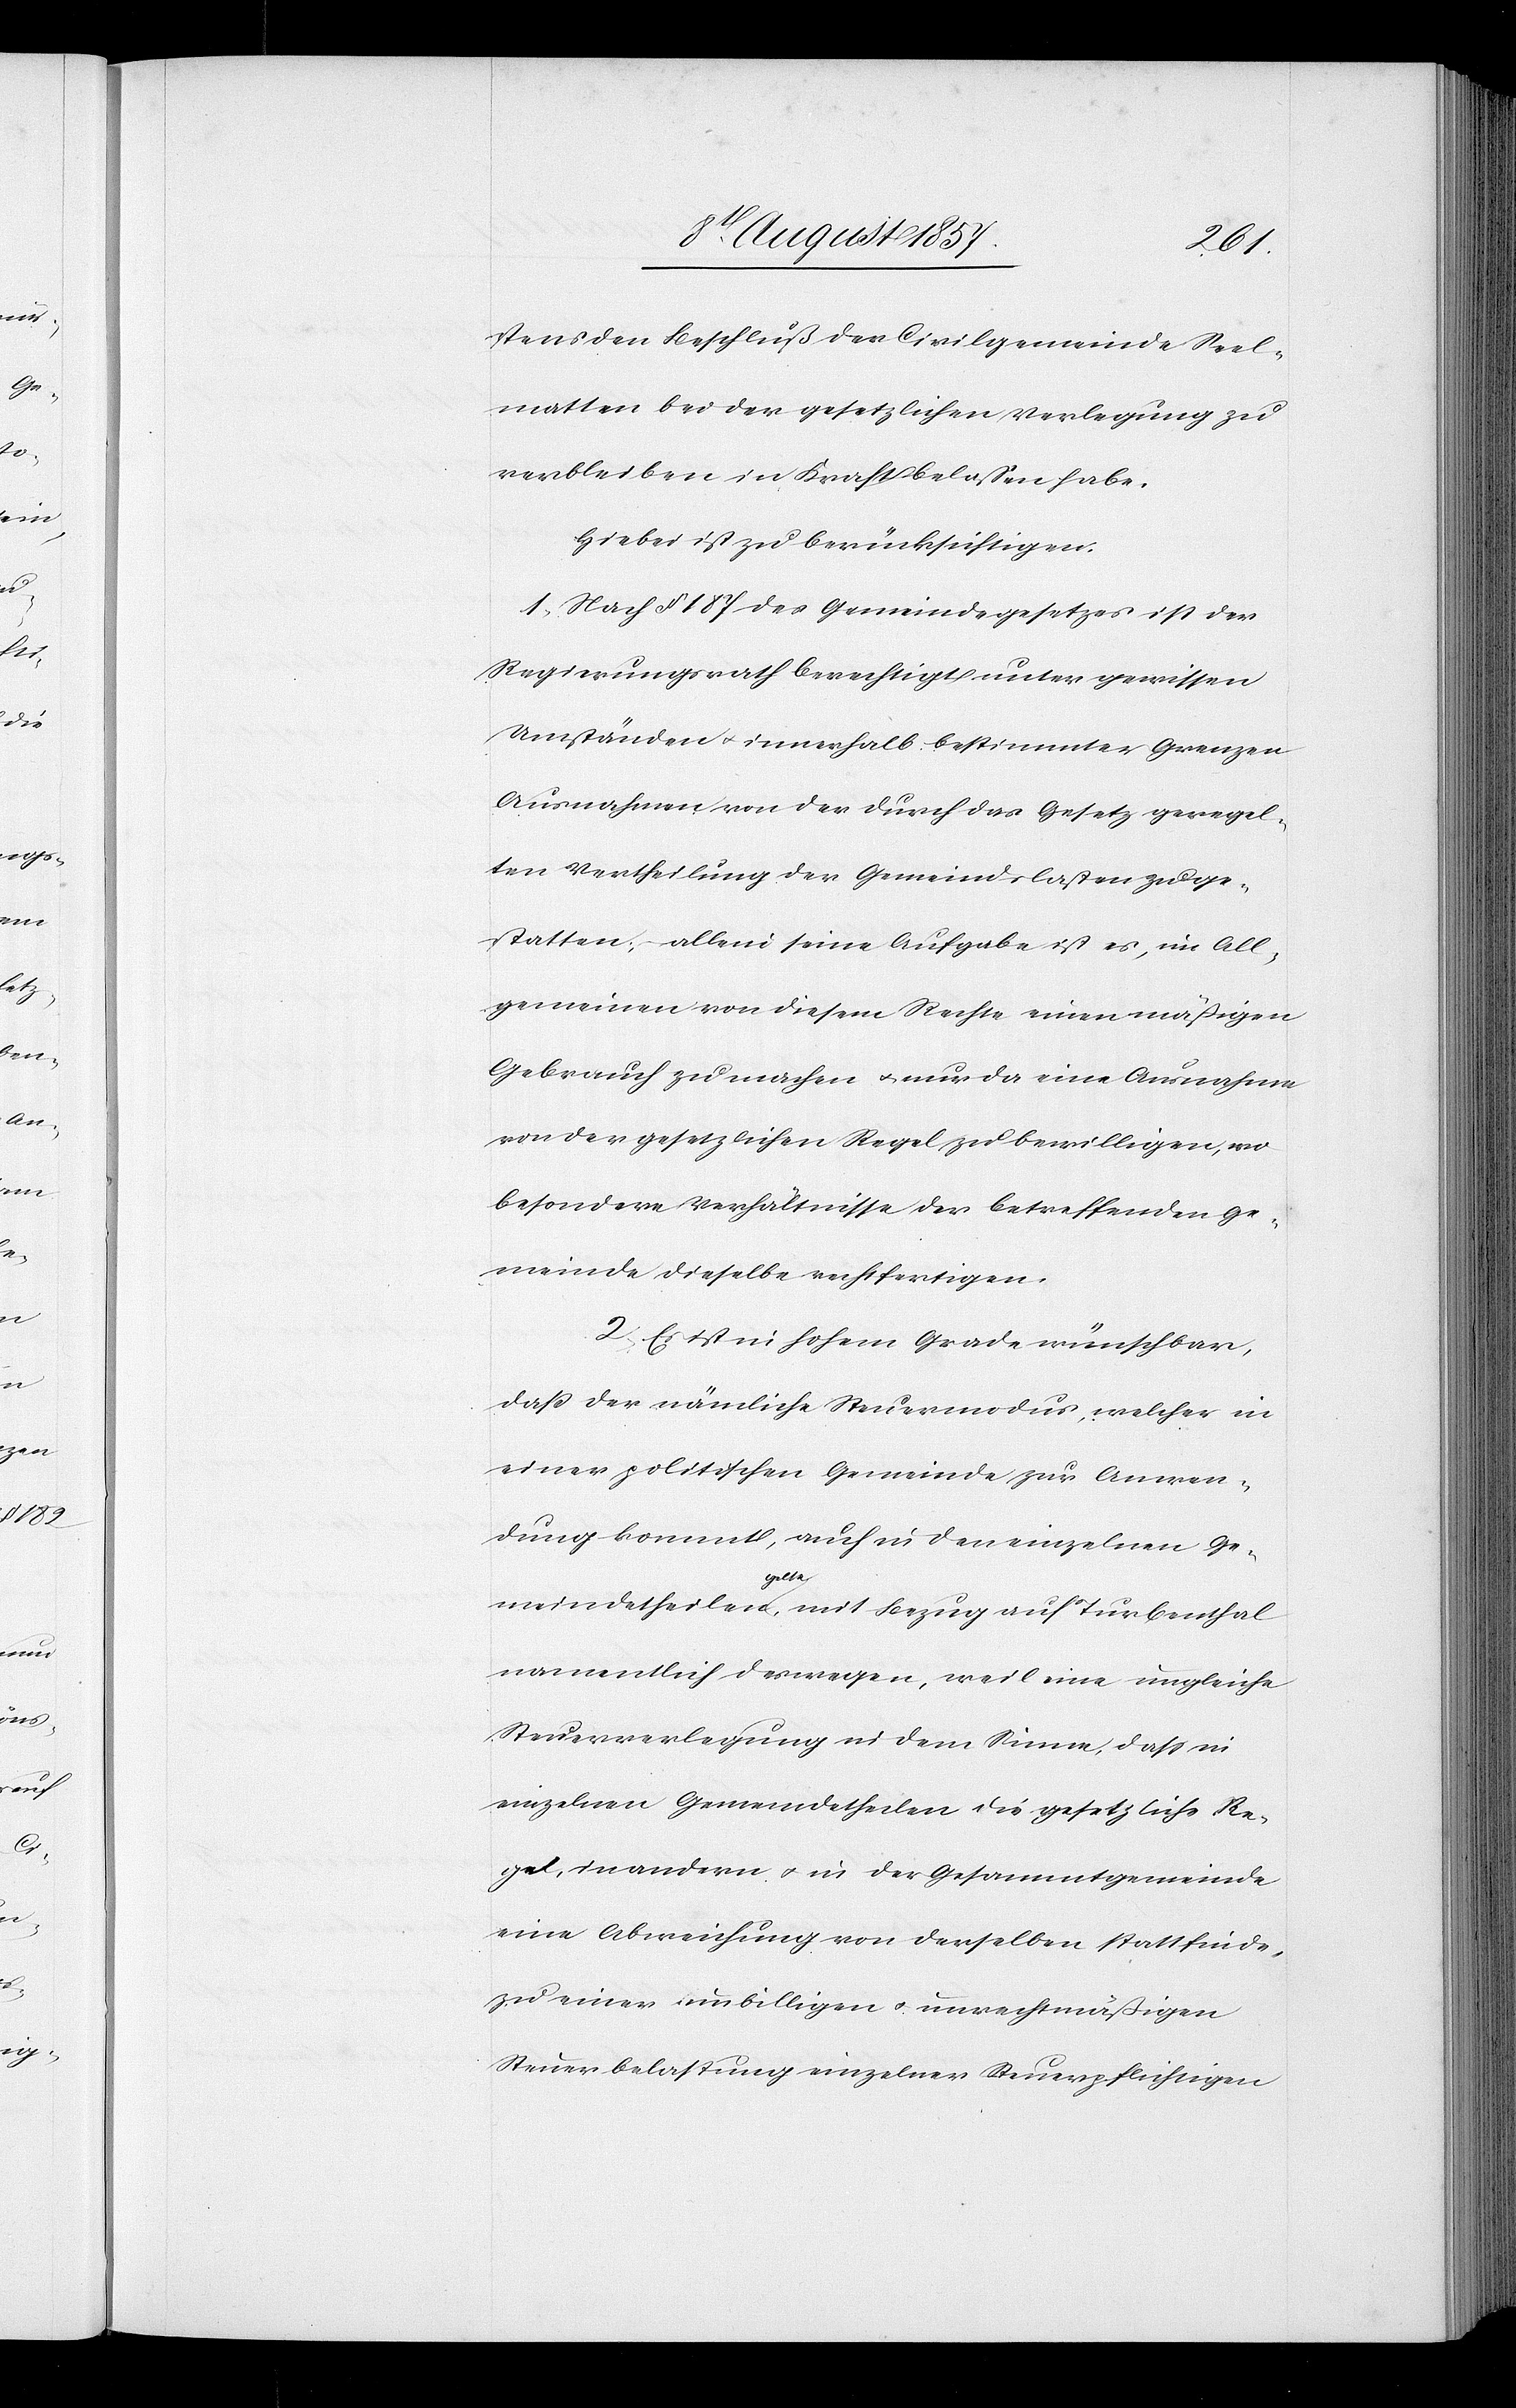
stens den Beschluß der Civilgemeinde Seel¬
matten bei der gesetzlichen Verlegung zu
verbleiben in Kraft belassen habe.
Hiebei ist zu berücksichtigen:
1. Nach § 187 des Gemeindegesetzes ist der
Regierungsrath berechtigt unter gewissen
Umständen & innerhalb bestimmter Grenzen
Ausnahmen von der durch das Gesetz geregel¬
ten Vertheilung der Gemeindslasten zu ge¬
statten; allein seine Aufgabe ist es, im All¬
gemeinen von diesem Rechte einen mäßigen
Gebrauch zu machen & nur da eine Ausnahme
von der gesetzlichen Regel zu bewilligen, wo
besondere Verhältnisse der betreffenden Ge¬
meinde dieselbe rechtfertigen.
2. Es ist in hohem Grade wünschbar,
daß der nämliche Steuermodus, welcher in
einer politischen Gemeinde zur Anwen¬
dung kommt, auch in den einzelnen Ge¬
meindetheilen gelte, mit Bezug auf Turbenthal
namentlich deswegen, weil eine ungleiche
Steuerverlegung in dem Sinne, daß in
einzelnen Gemeindetheilen die gesetzliche Re¬
gel, in andern & in der Gesammtgemeinde
eine Abweichung von derselben stattfinde,
zu einer unbilligen & unrechtmäßigen
Steuerbelastung einzelner Steuerpflichtigen